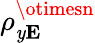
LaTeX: \rho_{\mathit{y}\mathbf{{E}}}^{\otimesn}